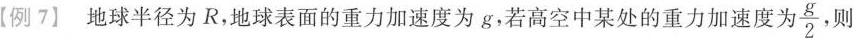
【例7】地球半径为R，地球表面的重力加速度为g，若高空中某处的重力加速度为\frac{g}{2}, 则